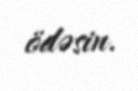
ödəsin.